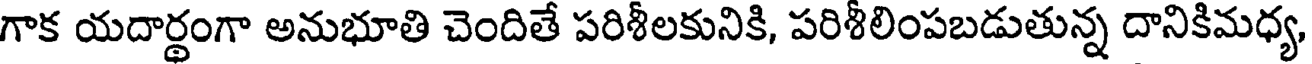
గాక యదార్థంగా అనుభూతి చెందితే పరిశీలకునికి, పరిశీలింపబడుతున్న దానికిమధ్య